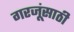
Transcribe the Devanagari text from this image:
गरजूंसाठी